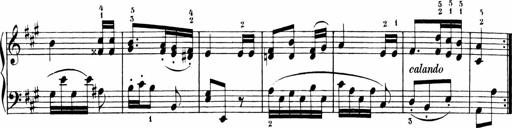
Title: 6 Liedersonatinen
Composer: Carl Reinecke